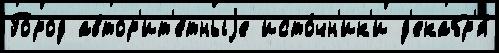
Го́род автор'ит'е́тныjе исто́чн'ик'и д'екабр'я́